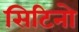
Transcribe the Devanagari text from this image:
सिटिनो